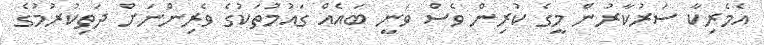
އެމެރިކާ ސަރުކާރުން މީގެ ކުރިން ވެސް ވަނީ ބައެއް ގައުމުތަކުގެ ވެރިންނަށް ދަތިކުރުމުގެ